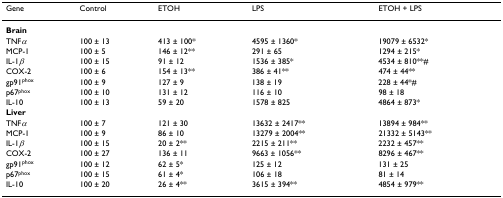
| Gene | Control | ETOH | LPS | ETOH + LPS |
 | --- | --- | --- | --- | --- |
 | Brain |  |  |  |  |
 | TNFα | 100 ± 13 | 413 ± 100* | 4595 ± 1360* | 19079 ± 6532* |
 | MCP-1 | 100 ± 5 | 146 ± 12** | 291 ± 65 | 1294 ± 215* |
 | IL-1β | 100 ± 15 | 91 ± 12 | 1536 ± 385* | 4534 ± 810**# |
 | COX-2 | 100 ± 6 | 154 ± 13** | 386 ± 41** | 474 ± 44** |
 | gp91phox | 100 ± 9 | 127 ± 9 | 138 ± 19 | 228 ± 44*# |
 | p67phox | 100 ± 10 | 131 ± 12 | 116 ± 10 | 98 ± 18 |
 | IL-10 | 100 ± 13 | 59 ± 20 | 1578 ± 825 | 4864 ± 873* |
 | Liver |  |  |  |  |
 | TNFα | 100 ± 7 | 121 ± 30 | 13632 ± 2417** | 13894 ± 984** |
 | MCP-1 | 100 ± 9 | 86 ± 10 | 13279 ± 2004** | 21332 ± 5143** |
 | IL-1β | 100 ± 15 | 20 ± 2** | 2215 ± 211** | 2232 ± 457** |
 | COX-2 | 100 ± 27 | 136 ± 11 | 9663 ± 1056** | 8296 ± 467** |
 | gp91phox | 100 ± 12 | 62 ± 5* | 125 ± 12 | 131 ± 25 |
 | p67phox | 100 ± 15 | 61 ± 4* | 106 ± 18 | 81 ± 14 |
 | IL-10 | 100 ± 20 | 26 ± 4** | 3615 ± 394** | 4854 ± 979** |